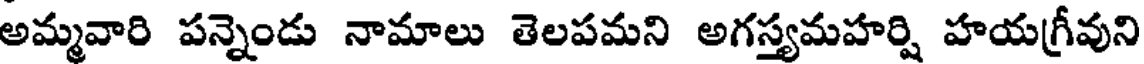
అమ్మవారి పన్నెండు నామాలు తెలపమని అగస్త్యమహర్షి హయగ్రీవుని